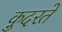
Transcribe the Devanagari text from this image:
कु़दरते